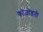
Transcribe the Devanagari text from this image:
कोजोड़ती